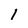
Character: 1